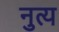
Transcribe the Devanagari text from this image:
नुत्य